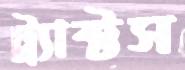
ট্র্যাক্টস